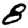
Digit: 8